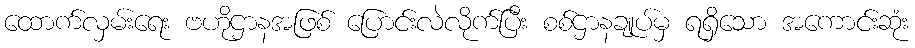
ထောက်လှမ်းရေး ဗဟိုဌာနအဖြစ် ပြောင်းလဲလိုက်ပြီး စစ်ဌာနချုပ်မှ ရရှိသော အကောင်းဆုံး